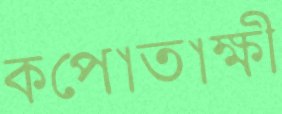
কপোতাক্ষী